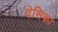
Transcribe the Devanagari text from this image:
देसिका